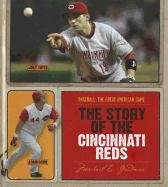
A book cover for The Story of the Cincinnati Reds (Baseball: the Great American Game); Michael E. Goodman; Teen & Young Adult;